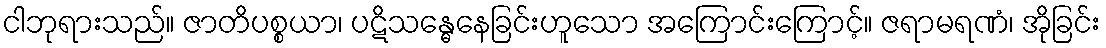
ငါဘုရားသည်။ ဇာတိပစ္စယာ၊ ပဋိသန္ဓေနေခြင်းဟူသော အကြောင်းကြောင့်။ ဇရာမရဏံ၊ အိုခြင်း